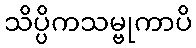
သိပ္ပိကသမ္ဗုကာပိ